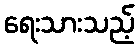
ရေးသားသည့်